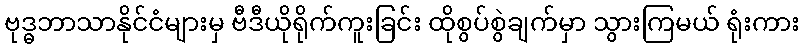
ဗုဒ္ဓဘာသာနိုင်ငံများမှ ဗီဒီယိုရိုက်ကူးခြင်း ထိုစွပ်စွဲချက်မှာ သွားကြမယ် ရုံးကား